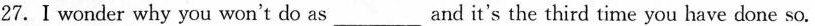
27.I wonder why you won't do as___and it's the third time you have done so.